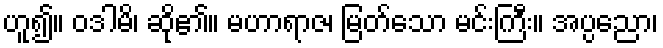
ဟူ၍။ ဝဒါမိ၊ ဆို၏။ မဟာရာဇ၊ မြတ်သော မင်းကြီး။ အပ္ပညော၊